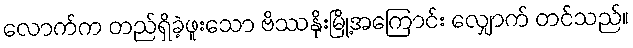
လောက်က တည်ရှိခဲ့ဖူးသော ဗိဿနိုးမြို့အကြောင်း လျှောက် တင်သည်။